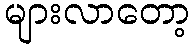
များလာတော့